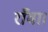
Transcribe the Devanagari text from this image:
राँवा।